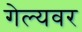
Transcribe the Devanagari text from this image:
गेल्यवर